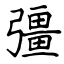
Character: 彊